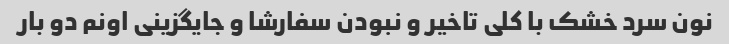
نون سرد خشک با کلی تاخیر و نبودن سفارشا و جایگزینی اونم دو بار